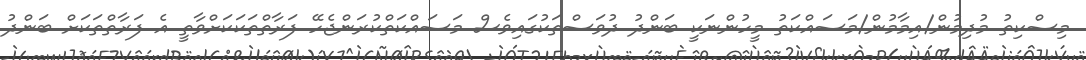
މިސްކިތު މުދިމުން/އިމާމުން/މަސައްކަތު މީހުންނަކީ ބަންދު ދުވަސްތަކުގައިވެސް މަސައްކަތްކުރަންޖެހޭ ފަރާތްތަކަކަށްވާތީ އެ ފަރާތްތަކަށް ބަންދު